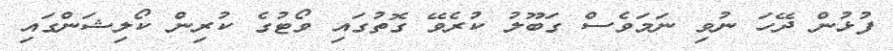
ފުޅުން ދޭހަ ނުވި ނަމަވެސް ގަބޫލު ކުރެވޭ ގޮތުގައި ވޯޓުގެ ކުރިން ކޯލިޝަންގައި